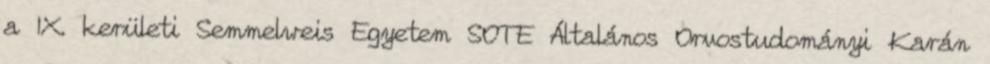
a IX. kerületi Semmelweis Egyetem SOTE Általános Orvostudományi Karán